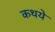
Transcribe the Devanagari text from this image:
कथये